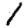
Digit: 1